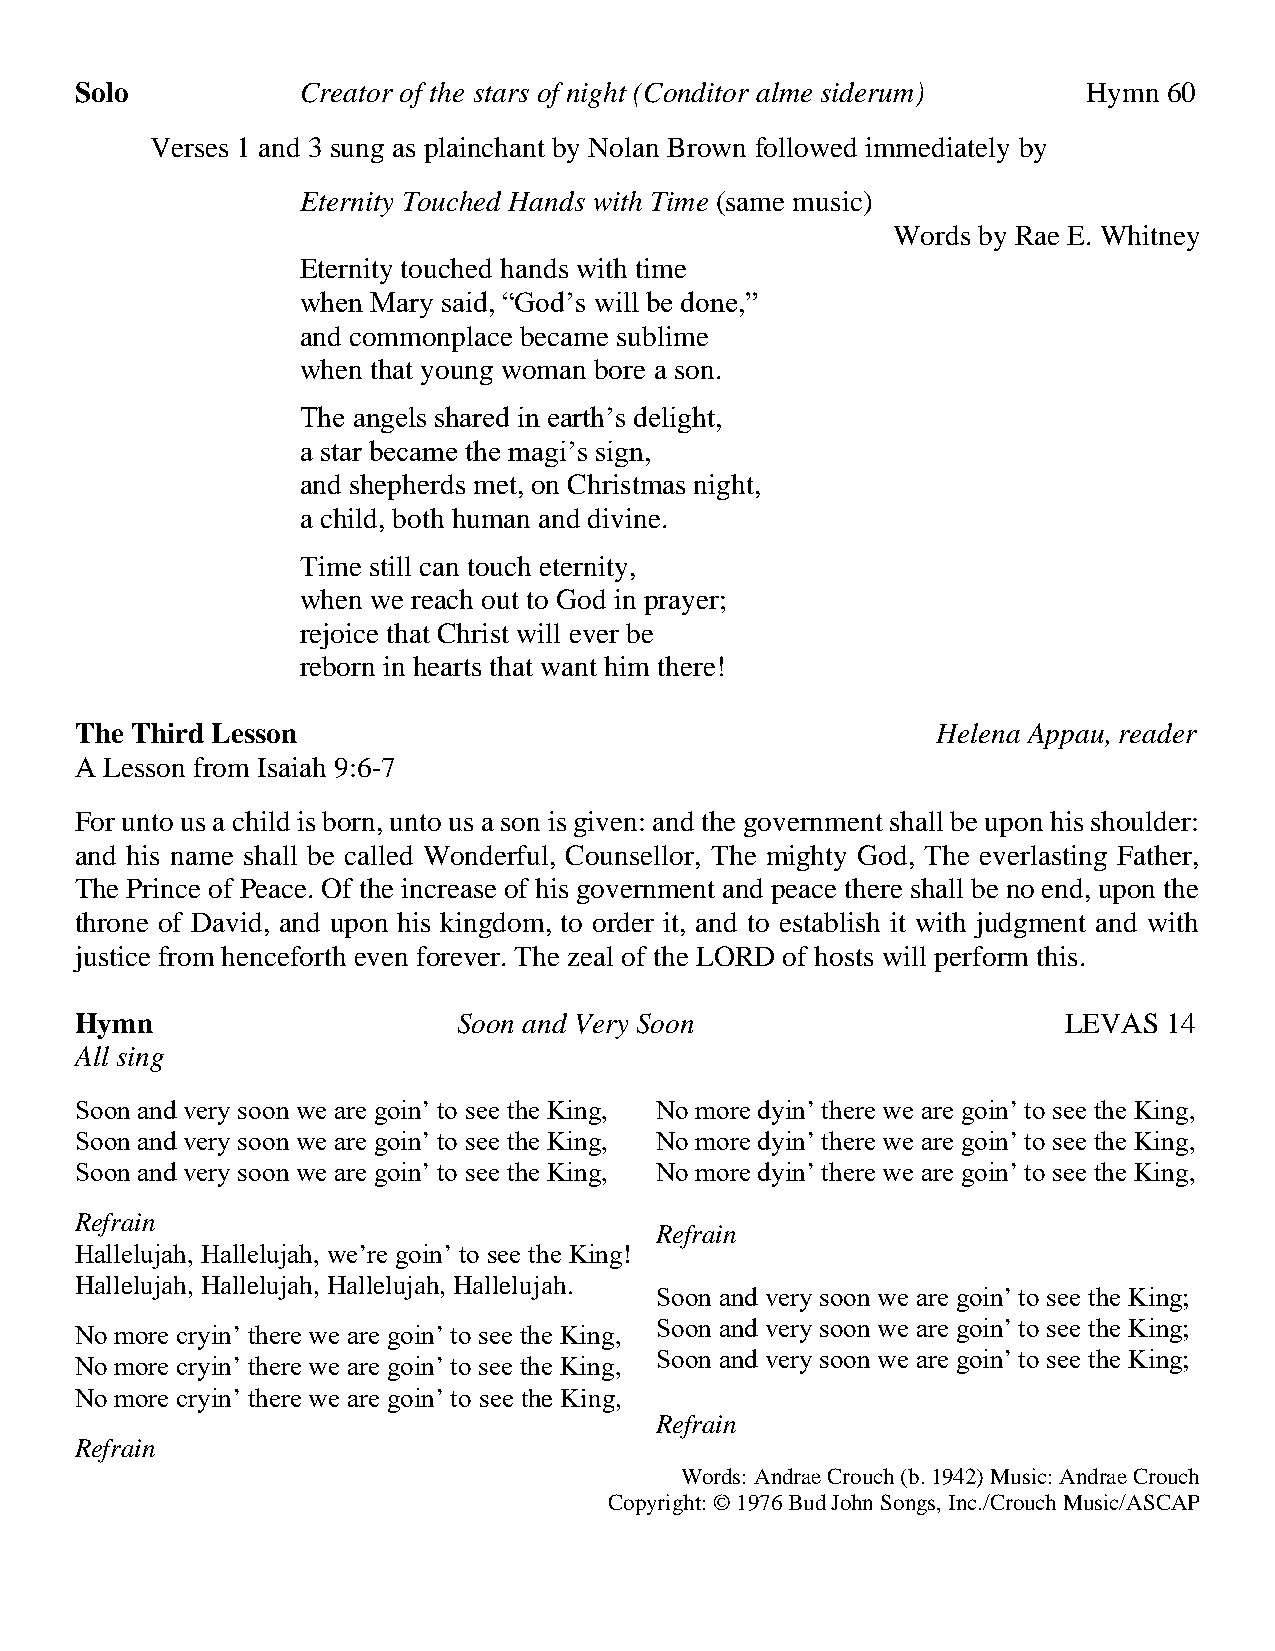
Solo           Creator of the stars of night (Conditor alme siderum) Hymn 60
 Verses 1 and 3 sung as plainchant by Nolan Brown followed immediately by
 Eternity Touched Hands with Time (same music)
 Words by Rae E. Whitney
 Eternity touched hands with time
 when Mary said, “God’s will be done,”
 and commonplace became sublime
 when that young woman bore a son.
 The angels shared in earth’s delight,
 a star became the magi’s sign,
 and shepherds met, on Christmas night,
 a child, both human and divine.
 Time still can touch eternity,
 when we reach out to God in prayer;
 rejoice that Christ will ever be
 reborn in hearts that want him there!
 The Third Lesson                                         Helena Appau, reader
 A Lesson from Isaiah 9:6-7
 For unto us a child is born, unto us a son is given: and the government shall be upon his shoulder:
 and his name shall be called Wonderful, Counsellor, The mighty God, The everlasting Father,
 The Prince of Peace. Of the increase of his government and peace there shall be no end, upon the
 throne of David, and upon his kingdom, to order it, and to establish it with judgment and with
 justice from henceforth even forever. The zeal of the LORD of hosts will perform this.
 Hymn                     Soon and Very Soon                      LEVAS  14
 All sing
 Soon and very soon we are goin’ to see the King, No more dyin’ there we are goin’ to see the King,
 Soon and very soon we are goin’ to see the King, No more dyin’ there we are goin’ to see the King,
 Soon and very soon we are goin’ to see the King, No more dyin’ there we are goin’ to see the King,
 Refrain
 Refrain
 Hallelujah, Hallelujah, we’re goin’ to see the King!
 Hallelujah, Hallelujah, Hallelujah, Hallelujah.
 Soon and very soon we are goin’ to see the King;
 Soon and very soon we are goin’ to see the King;
 No more cryin’ there we are goin’ to see the King,
 Soon and very soon we are goin’ to see the King;
 No more cryin’ there we are goin’ to see the King,
 No more cryin’ there we are goin’ to see the King,
 Refrain
 Refrain
 Words: Andrae Crouch (b. 1942) Music: Andrae Crouch
 Copyright: © 1976 Bud John Songs, Inc./Crouch Music/ASCAP